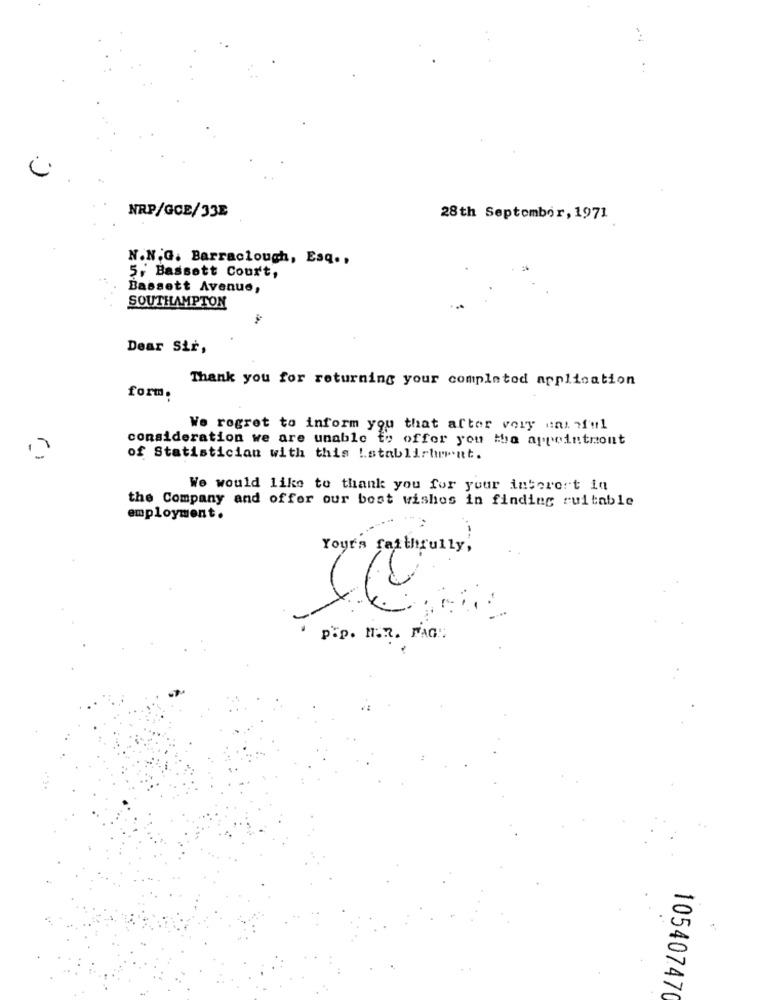
NRP/GCE/33E
28th September, 1971
N.N.G. Barraclough, Esq ..
5, Bassett Court,
Bassett Avenue,
SOUTHAMPTON
Dear Sir,
Thank you for returning your completed application
form.
We regret to inform you that after vory uns ful
consideration we are unable to offer you the appointmont
of Statistician with this !stablishment.
We would like to thank you for your interest in
the Company and offer our best wishes in finding suitable
employment.
Yours faithfully,
pip. H.R. FAG"
10540747